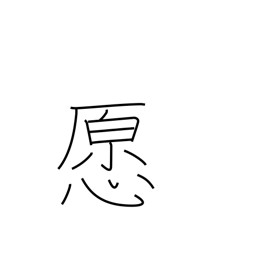
Meaning: honest